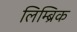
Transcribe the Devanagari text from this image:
लिम्ब्रिक